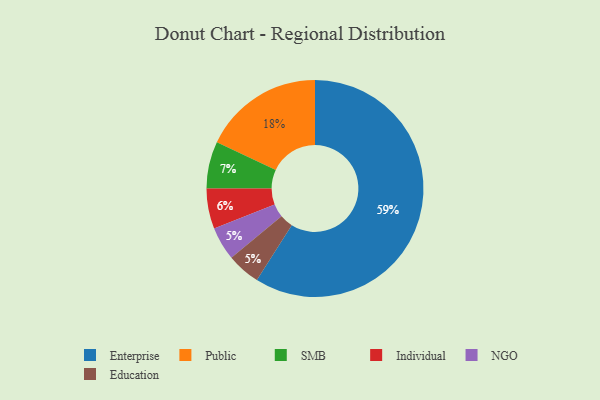
{"axis": {"x": "Category", "y": "Percentage"}, "legend": ["Education", "Enterprise", "Individual", "NGO", "Public", "SMB"], "data": [{"x": "Enterprise", "y": 59, "type": "Enterprise"}, {"x": "NGO", "y": 5, "type": "NGO"}, {"x": "Public", "y": 18, "type": "Public"}, {"x": "Education", "y": 5, "type": "Education"}, {"x": "SMB", "y": 7, "type": "SMB"}, {"x": "Individual", "y": 6, "type": "Individual"}]}